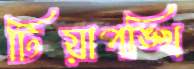
টিয়াপঙ্খি